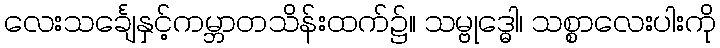
လေးသင်္ချေနှင့်ကမ္ဘာတသိန်းထက်၌။ သမ္ဗုဒ္ဓေါ၊ သစ္စာလေးပါးကို